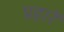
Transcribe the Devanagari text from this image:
प्रहारें